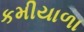
કમીયાળા